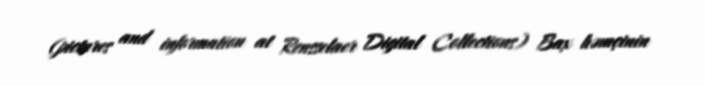
(pictures and information at Rensselaer Digital Collections) Bax həmçinin